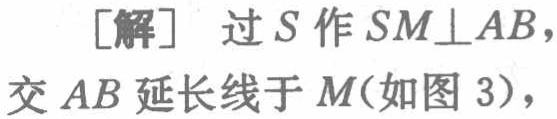
[解] 过\(S\)作\(SM\perp AB\)，交\(AB\)延长线于\(M\)(如图 3)，